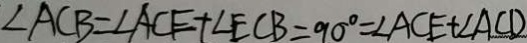
\angle A C B = \angle A C E + \angle E C B = 9 0 ^ { \circ } = \angle A C E + \angle A C D